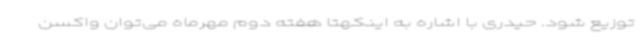
توزیع شود. حیدری با اشاره به اینکهتا هفته دوم مهرماه می‌توان واکسن